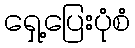
ရှေ့ပြေးပုံစံ